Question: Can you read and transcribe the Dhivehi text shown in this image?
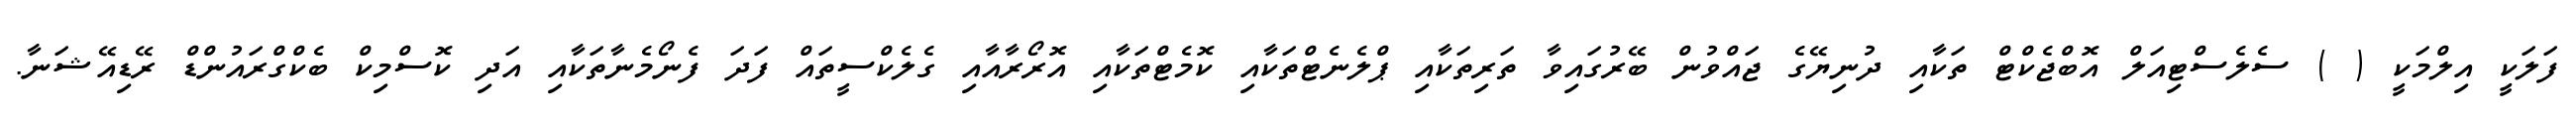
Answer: ފަލަކީ އިލްމަކީ ( ) ސެލެސްޓިއަލް އޮބްޖެކްޓް ތަކާއި ދުނިޔޭގެ ޖައްވުން ބޭރުގައިވާ ތަރިތަކާއި ޕްލެނެޓްތަކާއި ކޮމެޓްތަކާއި އޮރޯރާއާއި ގެލެކްސީތައް ފަދަ ފެނޯމެނާތަކާއި އަދި ކޮސްމިކް ބެކްގްރައުންޑް ރޭޑިއޭޝަނާ.